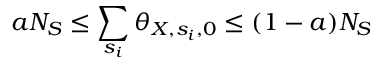
a N _ { S } \le \sum _ { s _ { i } } \theta _ { X , s _ { i } , 0 } \le ( 1 - a ) N _ { S }